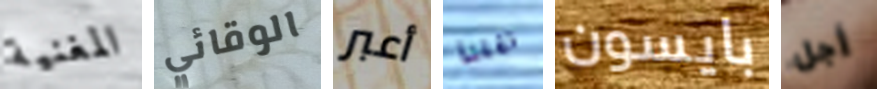
المغنية الوقائي أعبر نقلنا بايسون أجل